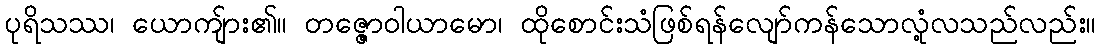
ပုရိသဿ၊ ယောကျ်ား၏။ တဇ္ဇောဝါယာမော၊ ထိုစောင်းသံဖြစ်ရန်လျော်ကန်သောလုံ့လသည်လည်း။